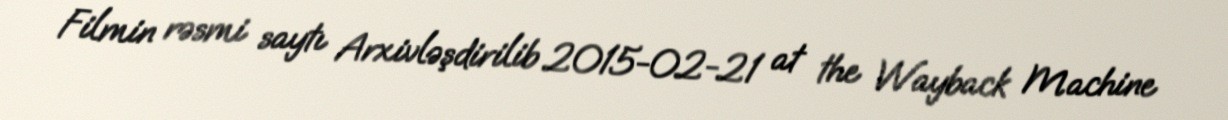
Filmin rəsmi saytı Arxivləşdirilib 2015-02-21 at the Wayback Machine